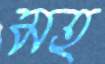
মহ